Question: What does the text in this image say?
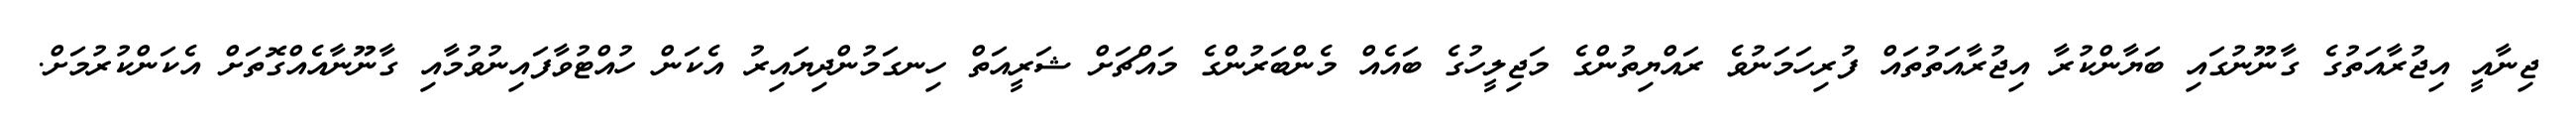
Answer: ޖިނާއީ އިޖުރާއަތުގެ ގާނޫނުގައި ބަޔާންކުރާ އިޖުރާއަތުތައް ފުރިހަމަނުވެ ރައްޔިތުންގެ މަޖިލީހުގެ ބައެއް މެންބަރުންގެ މައްޗަށް ޝަރީއަތް ހިނގަމުންދިޔައިރު އެކަން ހުއްޓުވާފައިނުވުމާއި ގާނޫނާއެއްގޮތަށް އެކަންކުރުމަށް.